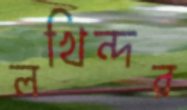
লখিন্দর